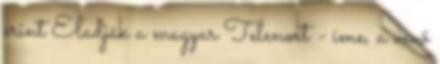
érint Eladják a magyar Telenort - íme, a vevő